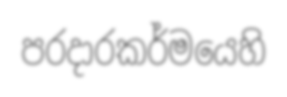
පරදාරකර්මයෙහි